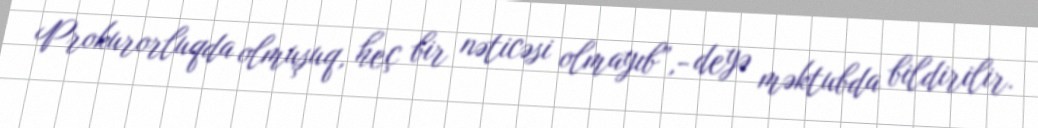
Prokurorluqda olmuşuq, heç bir nəticəsi olmayıb”,- deyə məktubda bildirilir.